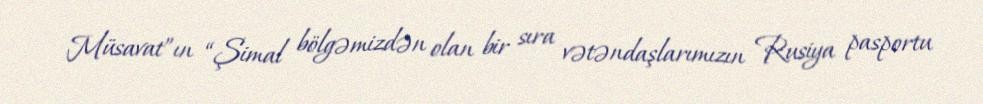
Müsavat”ın “Şimal bölgəmizdən olan bir sıra vətəndaşlarımızın Rusiya pasportu